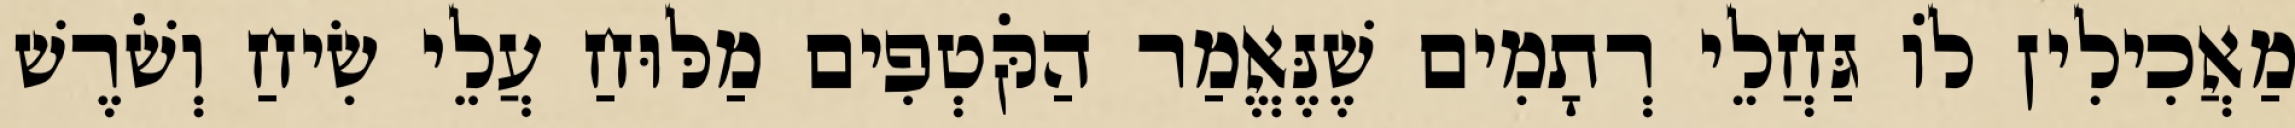
מַאֲכִילִין לוֹ גַּחֲלֵי רְתָמִים שֶׁנֶּאֱמַר הַקֹּטְפִים מַלּוּחַ עֲלֵי שִׂיחַ וְשֹׁרֶשׁ